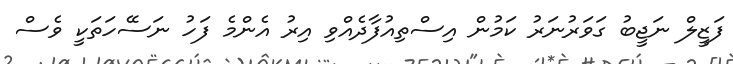
ފަޒީލް ނަޖީބު ގަވަރުނަރު ކަމުން އިސްތިއުފާދެއްވި އިރު އެންމެ ފަހު ނަސޭހަތަކީ ވެސް